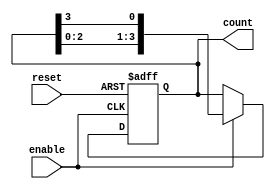
module async_ring_counter #(
    parameter N = 4  // Number of flip-flops (states)
) (
    input wire reset,   // Asynchronous reset signal
    input wire enable,  // Enable signal to trigger state transition
    output reg [N-1:0] count // Output state of the ring counter
);

    // Internal signal for the next state
    reg [N-1:0] next_state;

    always @(*) begin
        // Default next state is the current state
        next_state = count;

        // If enable is high, shift the '1' to the next flip-flop
        if (enable) begin
            next_state = {count[N-2:0], count[N-1]}; // Shift left
        end
    end

    always @(posedge enable or posedge reset) begin
        if (reset) begin
            // Asynchronous reset: set first flip-flop to '1', others to '0'
            count <= 1'b1;
        end else begin
            // Update the count with the next state
            count <= next_state;
        end
    end

    // Initialize the count to a known state at simulation start
    initial begin
        count = 1'b1; // Start with the first flip-flop set
    end
endmodule